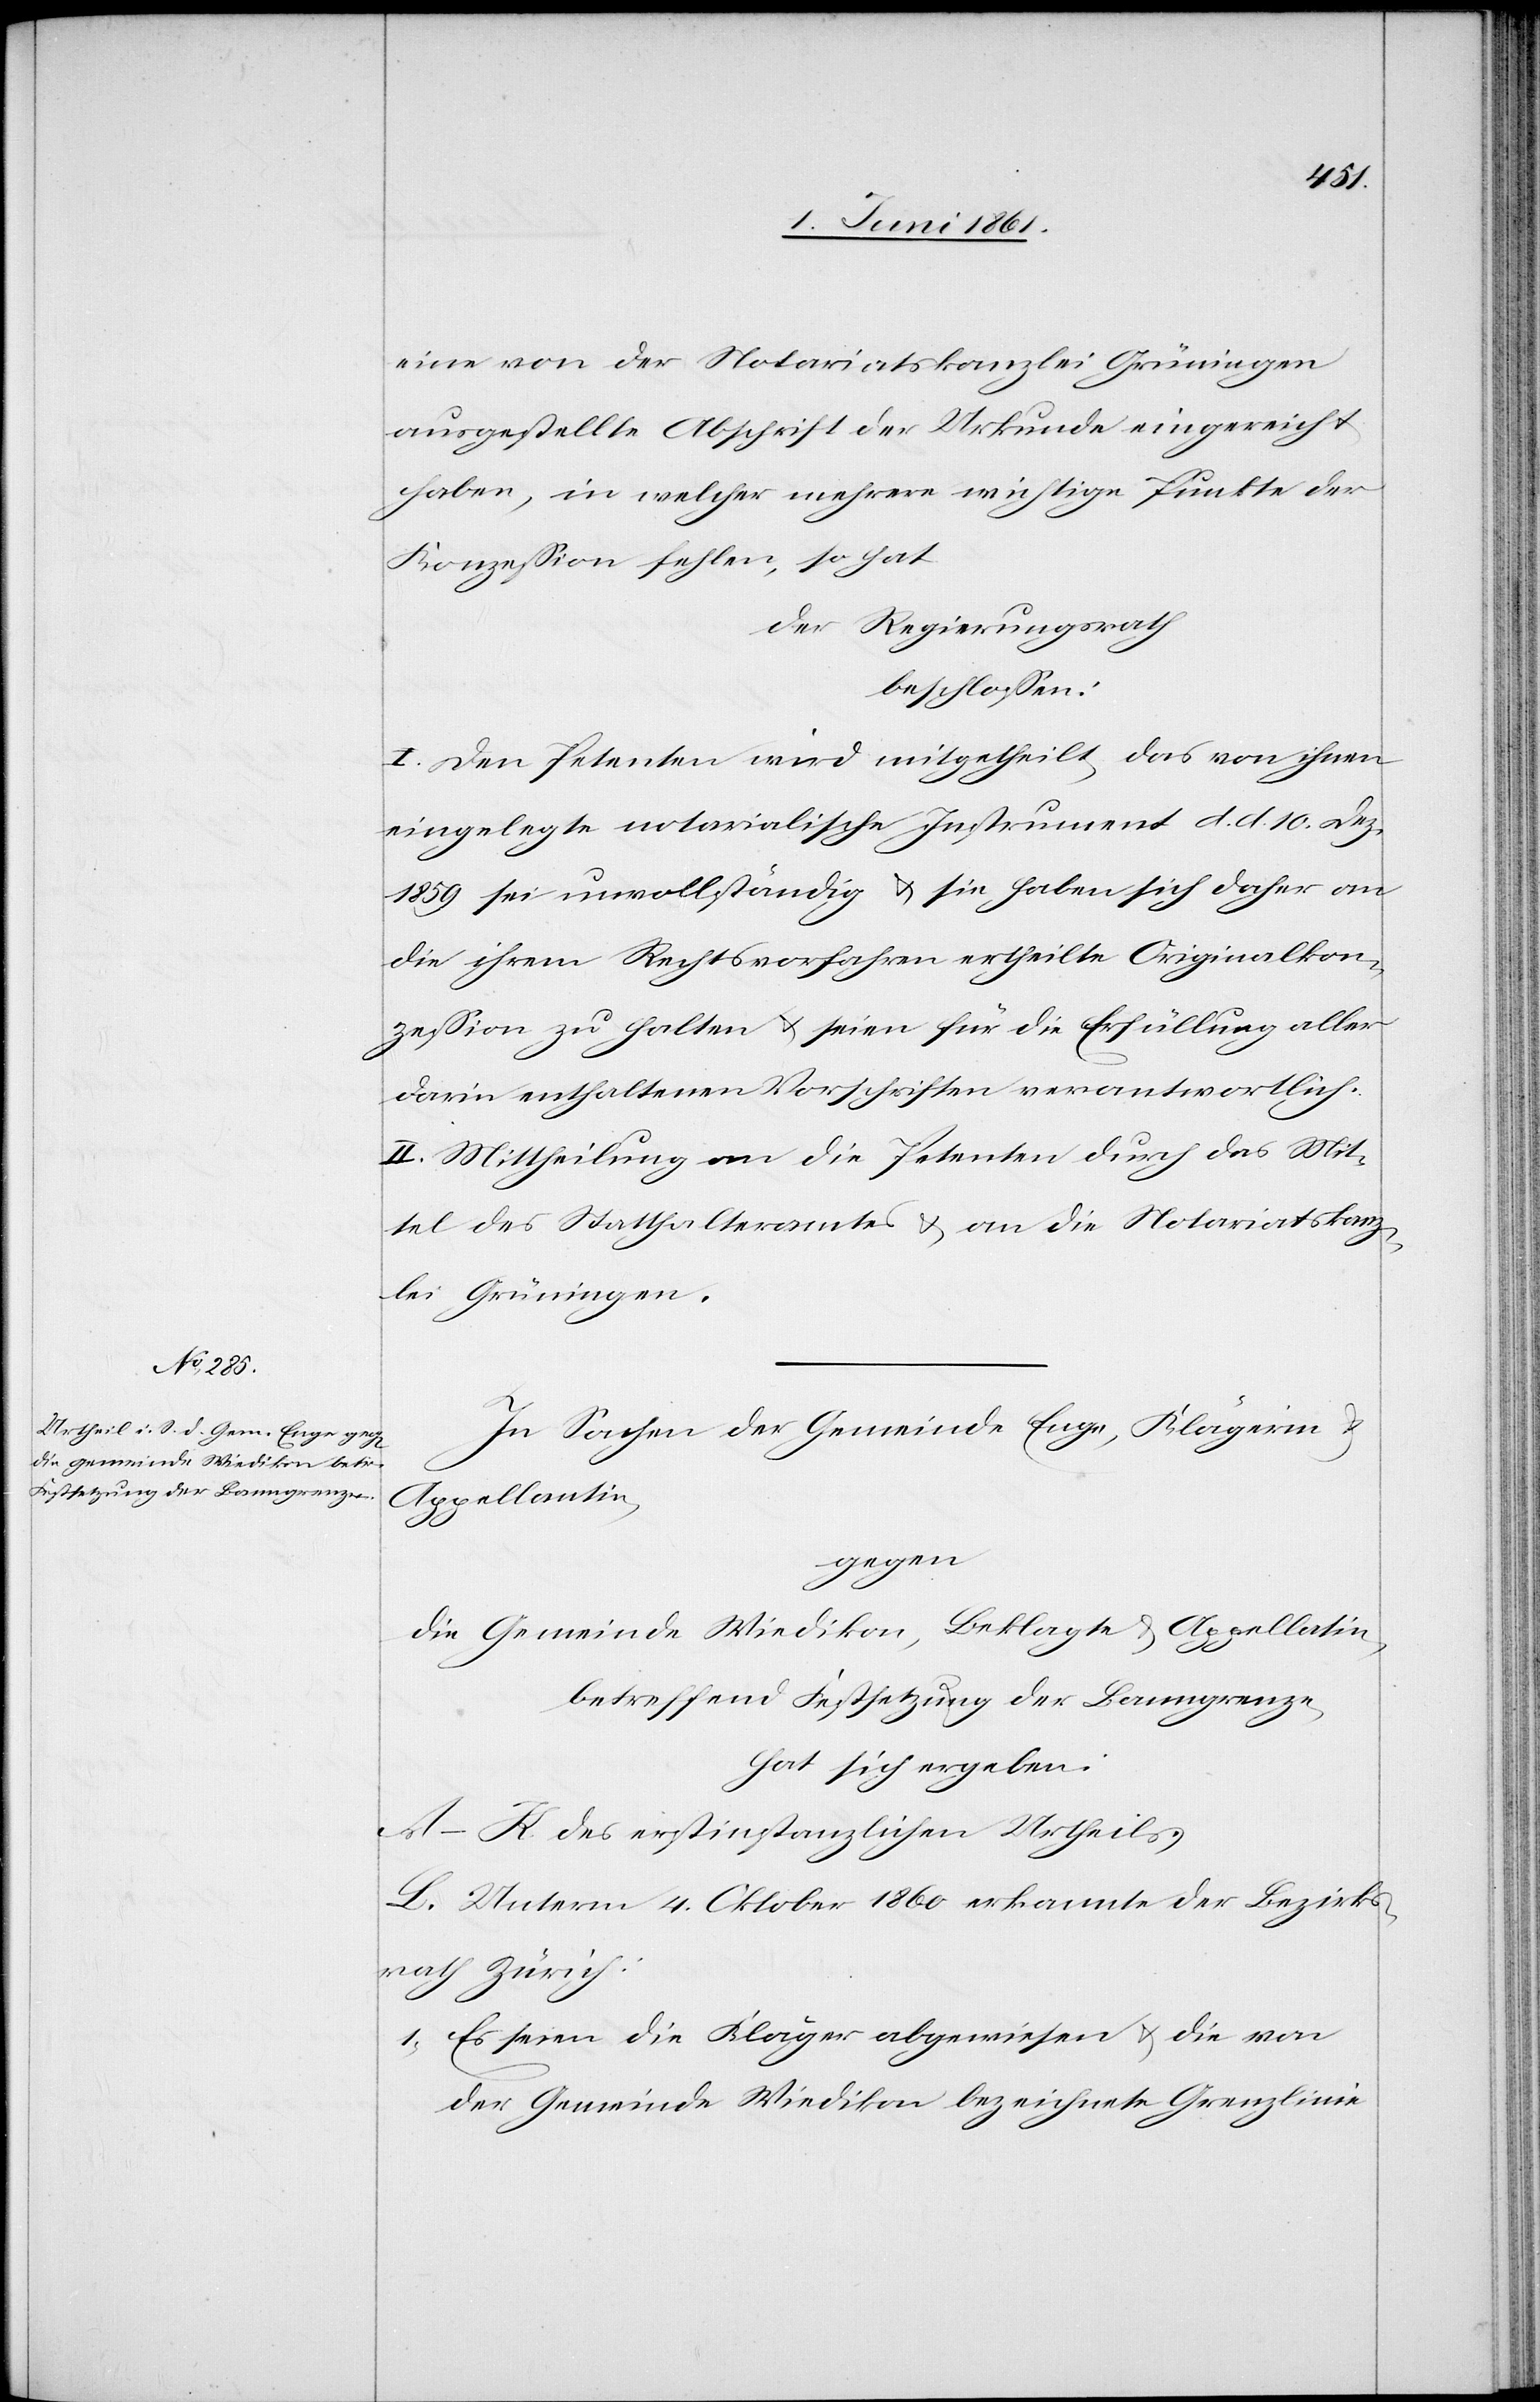
eine von der Notariatskanzlei Grüningen
ausgestellte Abschrift der Urkunde eingereicht
haben, in welcher mehrere wichtige Punkte der
Konzession fehlen, so hat
der Regierungsrath
beschlossen:
I. Den Petenten wird mitgetheilt, das von ihnen
eingelegte notarialische Instrument d. d. 10. Dez.
1859 sei unvollständig u. sie haben sich daher an
die ihren Rechtsvorfahren ertheilte Originalkon¬
zession zu halten u. seien für die Erfüllung aller
darin enthaltenen Vorschriften verantwortlich.
II. Mittheilung an die Petenten durch das Mit¬
tel des Statthalteramtes u. an die Notariatskanz¬
lei Grüningen.
In Sachen der Gemeinde Enge, Klägerin u.
Appellantin,
gegen,
die Gemeinde Wiedikon, Beklagte u. Appellatin,
betreffend Festsetzung der Banngrenze,
hat sich ergeben:
A–K. des erstinstanzlichen Urtheils.
L. Unterm 4. Oktober 1860 erkannte der Bezirks¬
rath Zürich:
1) Es seien die Kläger abgewiesen u. die von
der Gemeinde Wiedikon bezeichnete Grenzlinie